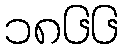
၁၈၆၆